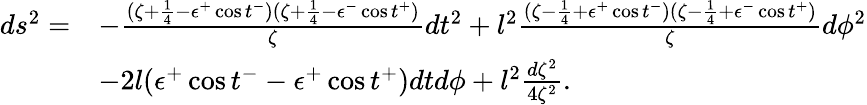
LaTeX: \begin{array}{ll}{{ds^{2}=}}&{{-\frac{(\zeta+\frac{1}{4}-\epsilon^{+}\cos t^{-})(\zeta+\frac{1}{4}-\epsilon^{-}\cos t^{+})}{\zeta}dt^{2}+l^{2}\frac{(\zeta-\frac{1}{4}+\epsilon^{+}\cos t^{-})(\zeta-\frac{1}{4}+\epsilon^{-}\cos t^{+})}{\zeta}d\phi^{2}}}\\ {{}}&{{-2l(\epsilon^{+}\cos t^{-}-\epsilon^{+}\cos t^{+})dtd\phi+l^{2}\frac{d\zeta^{2}}{4\zeta^{2}}.}}\end{array}